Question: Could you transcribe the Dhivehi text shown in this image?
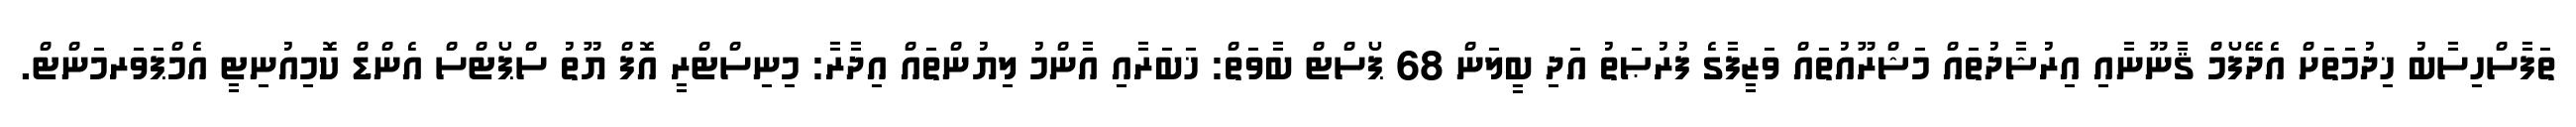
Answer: ތަފާސްހިސާބު ޚިދުމަތަށް އެދޭފޯމް ޤާނޫނާއި އިރުޝާދުތައް މަޝްރޫއުތައް ވަޒީފާގެ ފުރުޞަތު އަދި ބީލަން 68 ޕޯސްޓް ބާވަތް: ޚަބަރާއި އާންމު ލިޔުންތައް އިދާރާ: މިނިސްޓްރީ އޮފް ޔޫތު ސްޕޯޓްސް އެންޑް ކޮމިއުނިޓީ އެމްޕަވަރމަންޓް.